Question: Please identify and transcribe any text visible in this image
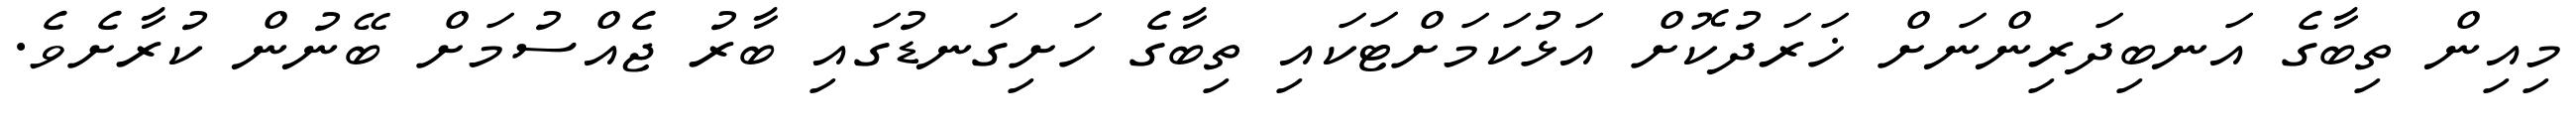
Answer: މިއިން ތިބާގެ އަނބިދަރިންނަށް ޚަރަދުކޮށް އަޅުކަމަށްޓަކައި ތިބާގެ ހަށިގަނޑުގައި ބާރު ޖެއްސުމަށް ބޭނުން ކުރާށެވެ.